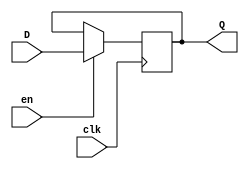
`timescale 1ns / 1ps
//////////////////////////////////////////////////////////////////////////////////
// Company: 
// Engineer: 
// 
// Design Name: 
// Module Name: ff
// Project Name: 
// Target Devices: 
// Tool Versions: 
// Description: 
// 
// Dependencies: 
// 
// Revision:
// Revision 0.01 - File Created
// Additional Comments:
// 
//////////////////////////////////////////////////////////////////////////////////


module ff(
        input clk,
        input D,
        input en,
        output reg Q
    );
    
    always @(posedge clk)
        begin
            if(en)
                Q <= D;
        end
endmodule